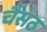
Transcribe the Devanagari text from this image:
चैंसठ